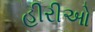
હીરીઓ